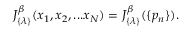
J _ { \{ \lambda \} } ^ { \beta } ( x _ { 1 } , x _ { 2 } , . . . x _ { N } ) = J _ { \{ \lambda \} } ^ { \beta } ( \{ p _ { n } \} ) .